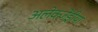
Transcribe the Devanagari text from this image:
अलेक्जेंड्रीया